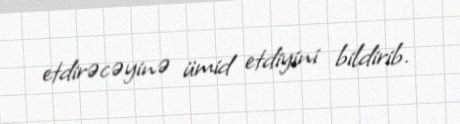
etdirəcəyinə ümid etdiyini bildirib.